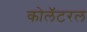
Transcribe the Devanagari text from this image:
कोलॅटरल